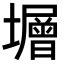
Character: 𡒸